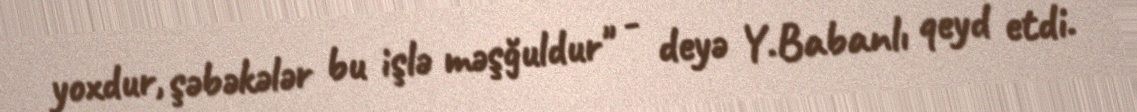
yoxdur, şəbəkələr bu işlə məşğuldur" - deyə Y.Babanlı qeyd etdi.